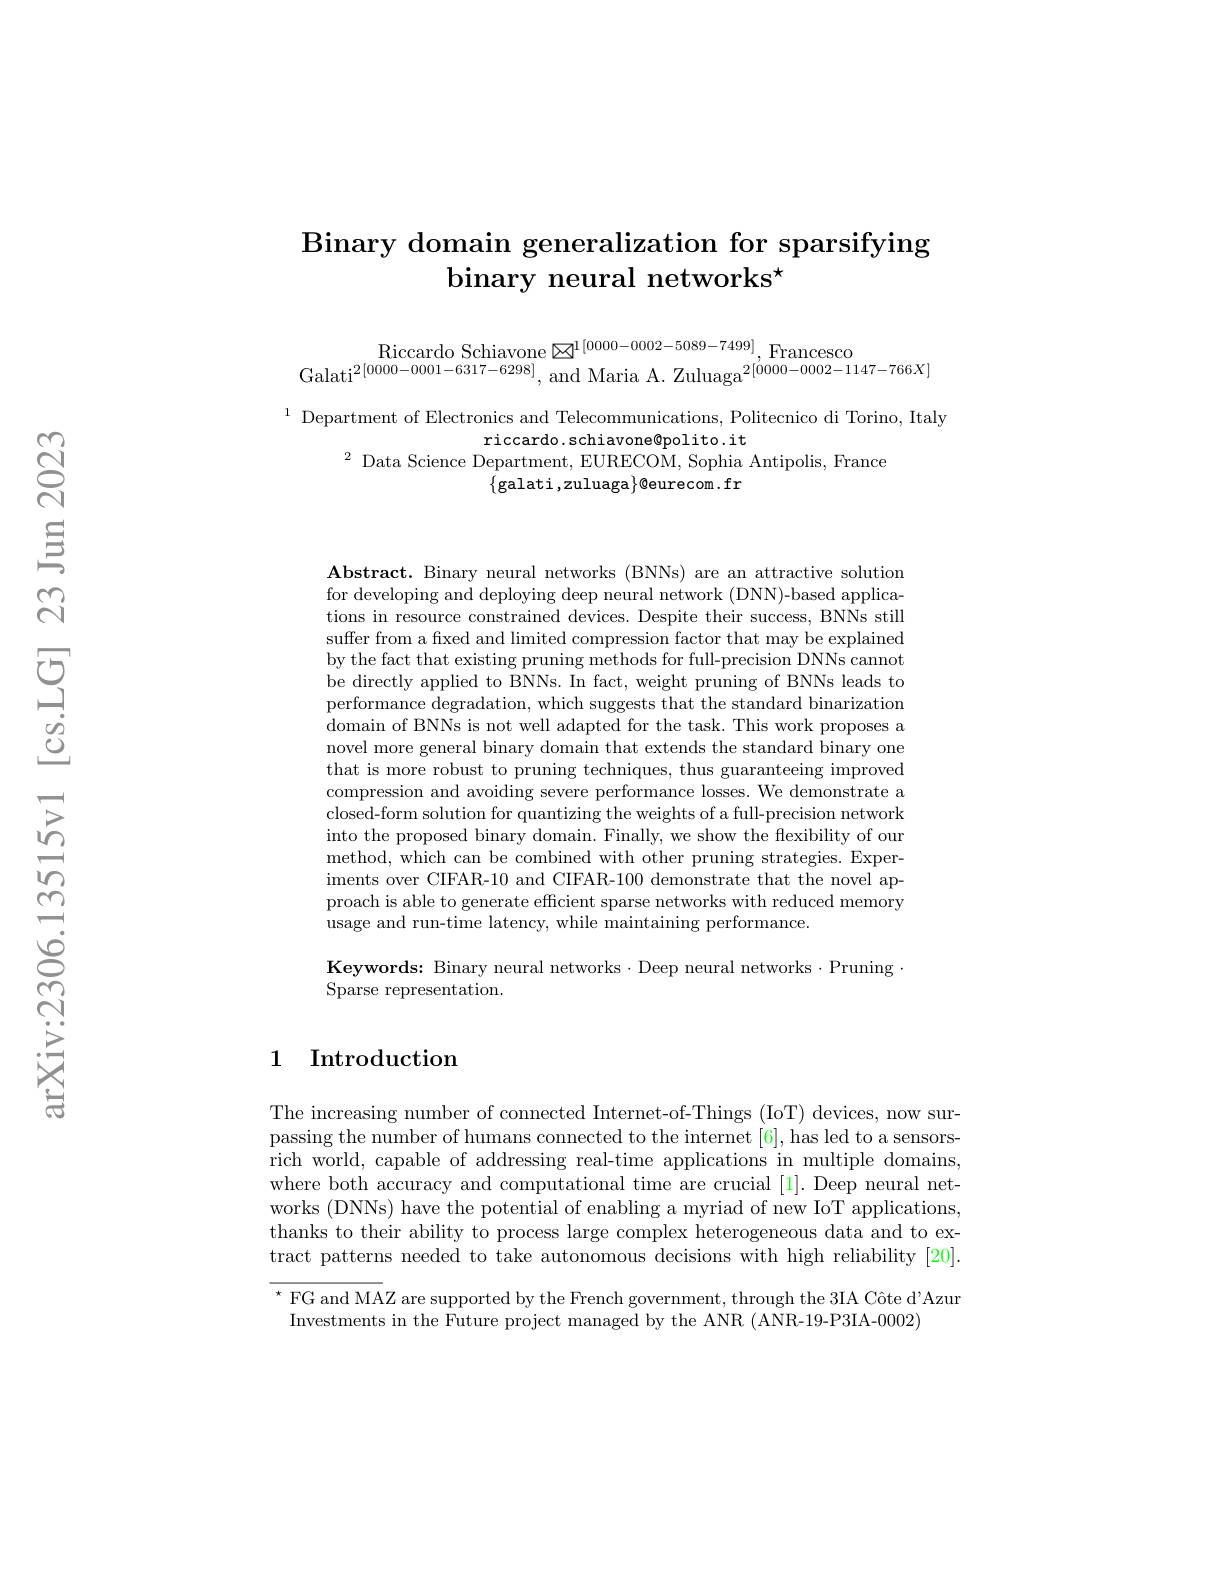
# Binary domain generalization for sparsifying binary neural networks$^\star$

Riccardo Schiavone $\boxtimes ^{1[ 0000- 0002- 5089- 7499] }$,Francesco
Galati$^{2[0000-0001-6317-6298]}$, and Maria A. Zuluaga$^{2[0000-0002-1147-766X]}$

$^{1}$ Department of Electronics and Telecommunications, Politecnico di Torino, Italy
riccardo.schiavone@polito.it
$^{2}$ Data Science Department, EURECOM, Sophia Antipolis, France
$\{$galati,zuluaga$\}$@eurecom.fr

$\mathbf{Abstract.~Binary~neural~networks~(BNNs)~are~an~attractive~solution}$ for developing and deploying deep neural network (DNN)-based applications in resource constrained devices. Despite their success, BNNs still suffer from a fred and limited compression factor that may be explained by the fact that existing pruning methods for full-precision DNNs cannot be directly applied to BNNs. In fact, weight pruning of BNNs leads to performance degradation, which suggests that the standard binarization domain of BNNs is not well adapted for the task. This work proposes a novel more general binary domain that extends the standard binary one that is more robust to pruning techniques, thus guaranteeing improved compression and avoiding severe performance losses. We demonstrate a closed-form solution for quantizing the weights of a full-precision network into the proposed binary domain. Finally, we show the flexibility of our method, which can be combined with other pruning strategies. Experiments over CIFAR-10 and CIFAR-100 demonstrate that the novel approach is able to generate effcient sparse networks with reduced memory usage and run-time latency, while maintaining performance.

Keywords: Binary neural networks·Deep neural networks·Pruning
Sparse representation.

## 1 Introduction

The increasing number of connected Internet-of-Things (IoT) devices, now surpassing the number of humans connected to the internet [6], has led to a sensorsrich world, capable of addressing real-time applications in multiple domains, where both accuracy and computational time are crucial [1]. Deep neural networks (DNNs) have the potential of enabling a myriad of new IoT applications, thanks to their ability to process large complex heterogeneous data and to extract patterns needed to take autonomous decisions with high reliability [20]

$^{\star}$ FG and MAZ are supported by the French government, through the 3IA Côte d'Azur
Investments in the Future project managed by the ANR (ANR-19-P3IA-0002)